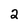
Character: 2